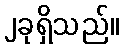
၂ခုရှိသည်။